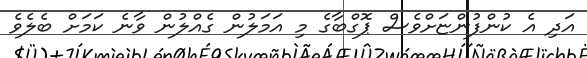
އަދި އެ ކުންފުންޏަށްވެސް ޕޮގްބާގެ މި އަމަލުން ގެއްލުން ވާނެ ކަމަށް ބެލެވެ